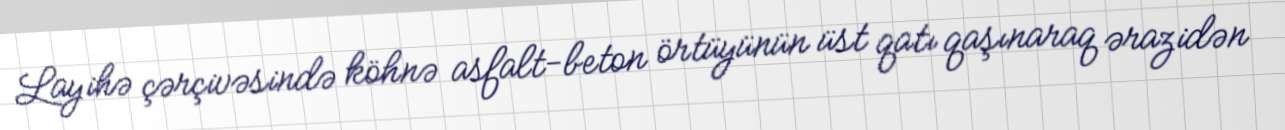
Layihə çərçivəsində köhnə asfalt-beton örtüyünün üst qatı qaşınaraq ərazidən